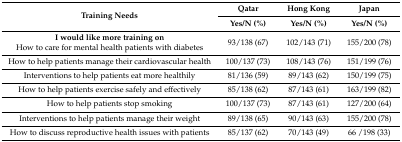
<table><thead><tr><td rowspan="2"><b>Training Needs</b></td><td><b>Qatar</b></td><td><b>Hong Kong</b></td><td><b>Japan</b></td></tr><tr><td><b>Yes/N (%)</b></td><td><b>Yes/N (%)</b></td><td><b>Yes/N (%)</b></td></tr></thead><tbody><tr><td><b>I would like more training on</b>How to care for mental health patients with diabetes </td><td>93/138 (67)</td><td>102/143 (71)</td><td>155/200 (78)</td></tr><tr><td>How to help patients manage their cardiovascular health </td><td>100/137 (73)</td><td>108/143 (76)</td><td>151/199 (76)</td></tr><tr><td>Interventions to help patients eat more healthily</td><td>81/136 (59)</td><td>89/143 (62)</td><td>150/199 (75)</td></tr><tr><td>How to help patients exercise safely and effectively </td><td>85/138 (62)</td><td>87/143 (61)</td><td>163/199 (82)</td></tr><tr><td>How to help patients stop smoking </td><td>100/137 (73)</td><td>87/143 (61)</td><td>127/200 (64)</td></tr><tr><td>Interventions to help patients manage their weight </td><td>89/138 (65)</td><td>90/143 (63)</td><td>155/200 (78)</td></tr><tr><td>How to discuss reproductive health issues with patients </td><td>85/137 (62)</td><td>70/143 (49)</td><td>66 /198 (33)</td></tr></tbody></table>